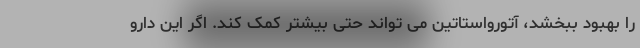
را بهبود ببخشد، آتورواستاتین می تواند حتی بیشتر کمک کند. اگر این دارو